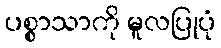
ပစ္စာသာကို မူလပြုပုံ